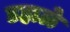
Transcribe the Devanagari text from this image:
डहाळे